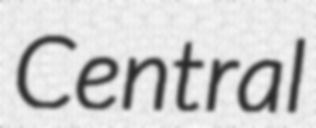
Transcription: Central